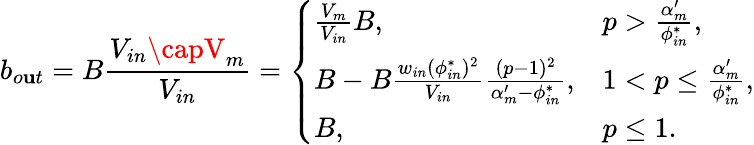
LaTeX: b_{o\mathbf{u}t}=B\frac{{V_{in}\capV_{m}}}{{V_{in}}}=\left\{ \begin{array}{ll}{\frac{V_{m}}{V_{in}}B,}&{p>\frac{\alpha_{m}^{\prime}}{\phi_{in}^{*}},}\\ {B-B\frac{w_{in}(\phi_{in}^{*})^{2}}{V_{in}}\frac{(p-1)^{2}}{\alpha_{m}^{\prime}-\phi_{in}^{*}},}&{1<p\le\frac{\alpha_{m}^{\prime}}{\phi_{in}^{*}},}\\ {B,}&{p\le 1.}\end{array}\right.